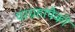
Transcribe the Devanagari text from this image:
परग्रहांपैकी